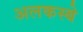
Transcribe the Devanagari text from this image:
अलकस्बे